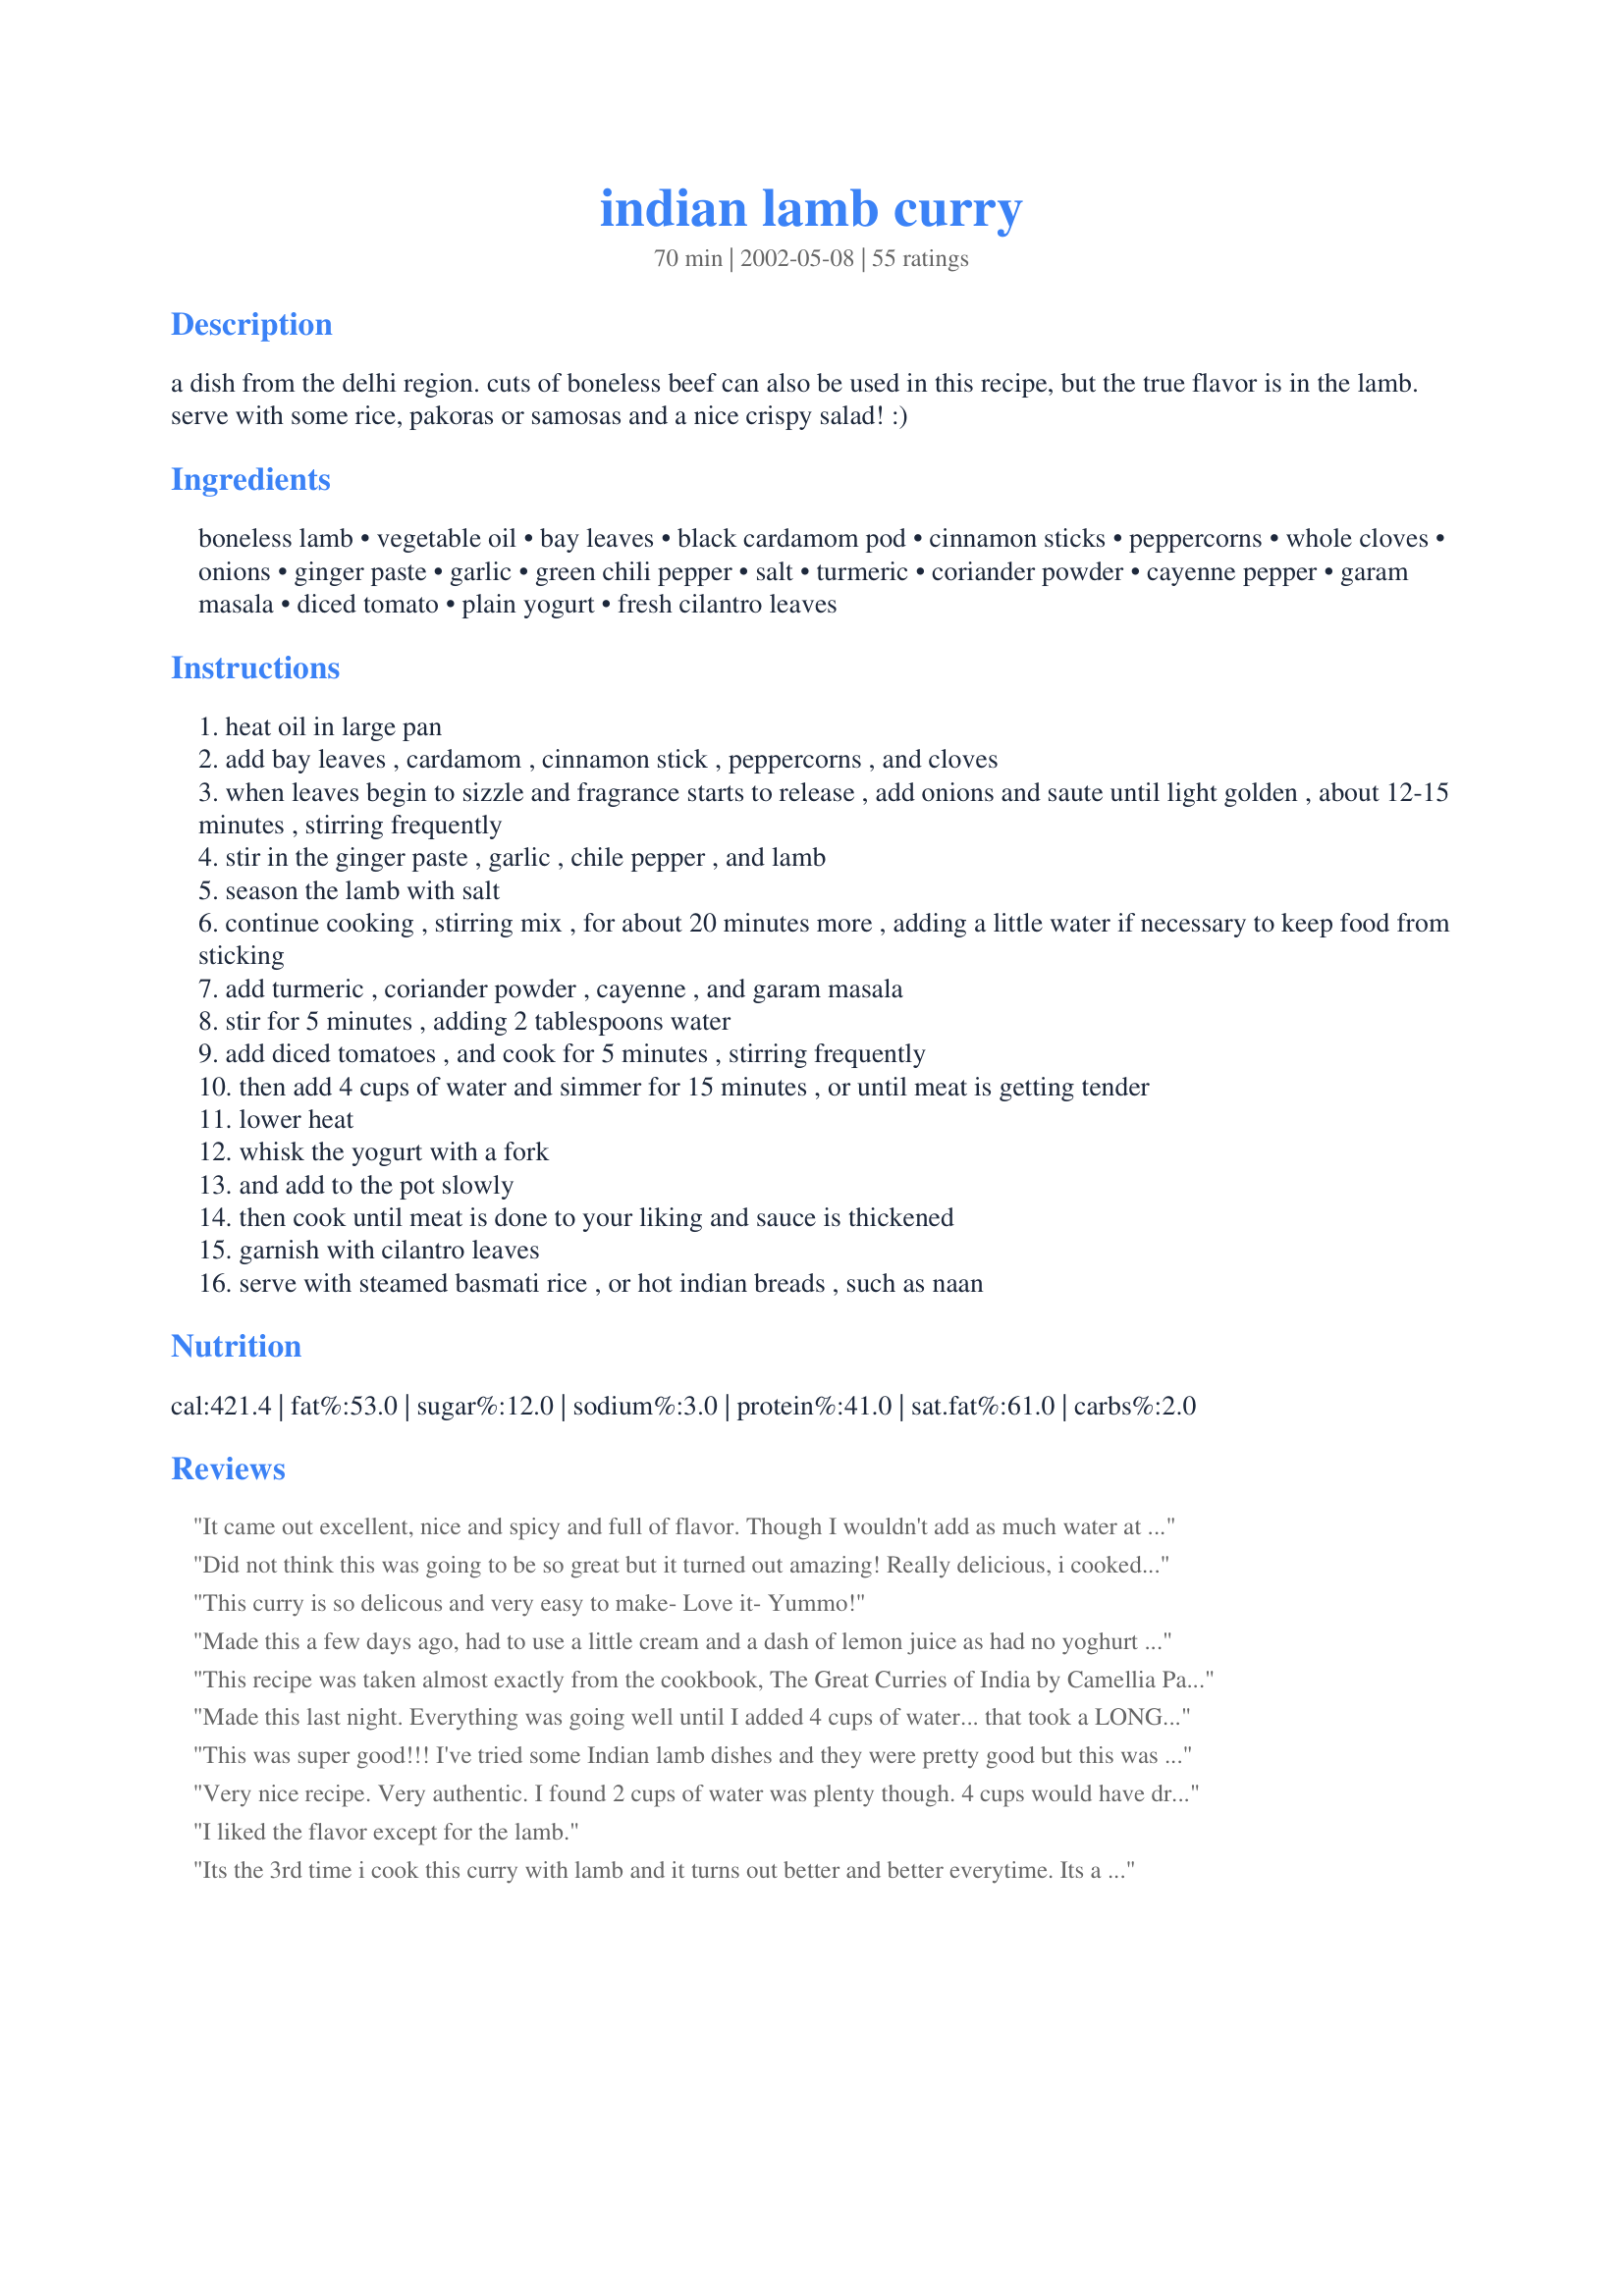
indian lamb curry
Preparation time: 70 minutes

a dish from the delhi region. cuts of boneless beef can also be used in this recipe, but the true flavor is in the lamb. serve with some rice, pakoras or samosas and a nice crispy salad! :)

Ingredients:
boneless lamb, vegetable oil, bay leaves, black cardamom pod, cinnamon sticks, peppercorns, whole cloves, onions, ginger paste, garlic, green chili pepper, salt, turmeric, coriander powder, cayenne pepper, garam masala, diced tomato, plain yogurt, fresh cilantro leaves

Steps:
heat oil in large pan
add bay leaves , cardamom , cinnamon stick , peppercorns , and cloves
when leaves begin to sizzle and fragrance starts to release , add onions and saute until light golden , about 12-15 minutes , stirring frequently
stir in the ginger paste , garlic , chile pepper , and lamb
season the lamb with salt
continue cooking , stirring mix , for about 20 minutes more , adding a little water if necessary to keep food from sticking
add turmeric , coriander powder , cayenne , and garam masala
stir for 5 minutes , adding 2 tablespoons water
add diced tomatoes , and cook for 5 minutes , stirring frequently
then add 4 cups of water and simmer for 15 minutes , or until meat is getting tender
lower heat
whisk the yogurt with a fork
and add to the pot slowly
then cook until meat is done to your liking and sauce is thickened
garnish with cilantro leaves
serve with steamed basmati rice , or hot indian breads , such as naan

Reviews:
It came out excellent, nice and spicy and full of flavor. Though I wouldn't add as much water at the end before simmering; I only used 2 cups and that was plenty. I would also recommend including a measure for curry powder in lieu of tumeric and the other ingredients curry powder includes.
Did not think this was going to be so great but it turned out amazing! Really delicious, i cooked it in the pressure cooker and used coconut cream, it was even better afterb2 days. Really authentic taste
This curry is so delicous and very easy to make- Love it- Yummo!
Made this a few days ago, had to use a little cream and a dash of lemon juice as had no yoghurt or coconut milk. Also used four cups of water which worked just fine although some reviews said it was far too much - not sure if others were covering the pan, but I didn&#039;t, I just let it simmer and reduce. Lamb had been in oil for a couple of days with some aromatics which also helped with another level of flavour. This is an excellent curry !! Will definitely make it again !
This recipe was taken almost exactly from the cookbook, The Great Curries of India by Camellia Panjabi. Page 63. The three differences: Puree tomato, chop fresh garlic, and fresh ginger. It is a great cookbook by the way!
Made this last night. Everything was going well until I added 4 cups of water... that took a LONG time to cook down, way longer than 15mins. I would suggest using less water or adding it gradually. Also, when I added the yogurt, it curdled. I'm not sure why. Not sure how this could be avoided, maybe cream instead? OR removing the meat and blending the gravy? Not sure. I did like the result and the taste of the curry was exactly what I was craving, so I think that this recipe has some potential! Thanks!
This was super good!!! I've tried some Indian lamb dishes and they were pretty good but this was awesome! Thanks so much for the recipe the only thing I did different was to add 1 1/4c water and I cooked it longer about 35 minutes. I also added 2 diced Serrano chiles and a 1/4 of a green chilie. We like it hot. Thanks again I'll be making this again.
Very nice recipe. Very authentic. I found 2 cups of water was plenty though. 4 cups would have drowned it. Even with 2 cups it took 30 minutes longer to reduce down.
I liked the flavor except for the lamb.
Its the 3rd time i cook this curry with lamb and it turns out better and better everytime. Its a winner if u wanna impress your guests. I served it last night with raitha, tabuleh, mango chutney, papadums and naanbread. everybody loved it.<br/>Only changes I have made to the recipe is to use 2 cups of water instead of 4.<br/>And I only use a half teaspoon of cayenne. as it turned out a bit to hot first couple of times.<br/>be sure to use plain natural yougurt.<br/>enjoy :)
I Used Coconut milk instead of Yogurt, Excellent
Excellent recipe. I followed the advice of prior reviewers and cut the water considerably. I actually bought a can of diced tomatoes, drained it, and used the water from that. Beyond that, he punchline is that the spice mix is the key to a good curry, and this one is outstanding. Thanks!
I made this for dinner last night and it was good but it's a lot better today. I used less water (2-2 1/2 cups), more yogurt, and blended with an immersion blender at the end (keep the blade close to bottom of pot to avoid meat chunks) to get a thicker sauce. The sauce is also good over meatballs.
This was really good, my family really enjoyed this. I have tried many tomato based Indian lamb curries, but I have never found anything I really liked. This recipe tasted like the lamb curry my old neighbors from Pakistan used to make, I am going to keep making this recipe and will stop looking for another one. I think the difference for me in this recipe compared to others, are the peppercorns (they add a really lovely flavor, that matches well with the cinnamon and the brown cardamom). I made a few small changes. I only used 2 tablespoons of oil (for dietary reasons), and I think this recipe would be good with this amount of oil or with more (you could probably get away with one tablespoon as well). I forgot to add the yogurt at the end, but I think I liked it better that way (I will try it with yogurt and with coconut milk some other times as well). The only other thing I changed was to use only one clove because I think too many cloves make food taste bitter. I simmered the lamb for one and a half hours on a low heat, (lamb needs a long cooking time to become tender). If I were to add yogurt another time I would simmer just in tomato and water until the lamb was tender and just near the end add the yogurt (and any excess water can be boiled down on high heat before adding the yogurt, so the amount of water should not be a problem). In the future I will try adding lentils and will also try adding potatoes, I think these additions would suit this curry well. Thank you so much for a great recipe that will be on my regular rotation.
The flavour was outstanding! I used veal shoulder chops (bone in) instead of lamb, and simmered it for 5 hours until the 2 cups of chicken broth (rather than 4 cups of water) reduced to a thick sauce. The veal was fall-off-the-bone tender. My friends almost fell off their chairs when they tasted it - it was that good! Be sure to use kosher salt or sea salt instead of harsh-tasting table salt. One more thing: Add 2 or 3 chili peppers instead of just 1. This recipe is totally worth the time it takes to do it right.
The taste overall is very good for this lamb curry. I added three cups of water instead of the four asked for and even after the stated cooking time above it was still entirely too runny. As I had alloted a certain portion of time I was unable to cook it down all the way - and that was with a cup less water. I would think that in order to have it ready in the time stated it would have to be 1-2 cups. I plan on trying this again because the flavour was great but I will only use two cups of water and make sure I have enough leeway time to cook it.
The best indian recipe i have used to date. I agree with the majority of comments that 4 cups of water is too much. 1 cup is the perfect amount in my opinion. I would go as far as saying, this dish turned out better than what i get at Indian restaurants.
Made this dish today, I couldn't find a black cardamom pod (I live in holland) so I used a few green ones. I think the taste is a bit too mild for me, we're having it for tea tomorrow evening, so I hope the flavours will be more infused in the meat!
Very good! I used thai & cinnamon basil in place of the cilantro because I have loads of it.
 I do think that unless you are supposed to simmer it for an hour though, 4 cups of water at the end is too much. I added 2 1/2 and simmered for about 30 minutes and found the sauce to be thin for my taste. It is very similar to the lamb curry dish that I get at a local restaurant, I'm impressed.
I made this dish last night. I had sheep meat to use instead of lamb. To cut down the cooking time I pressure cooked the meat for 15 minutes on high then followed the recipe as stated. This is the first Indian dish I have made and we found it to be absolutely fabulous. I felt like I was back in India. Wonderful dish and easy to make. Thank you for the recipe.
I've made this twice and it's sooooo good and perfect! I made it especially for my husbands birthday. Hope he likes it as much as me!
This was very good! 5 thumbs up from my guests this evening! I didn't add any water to the meal, as I used a can of roma tomatoes and a half cup of the juice. I subsituted the garam for 2 tsps curry powder, just of preference as we all love "hot". Thank you very much for sharing. P.S. I made this again tonight.. a very firm favourite in our home!!
I'm Indian, and this is exactly like the lamb curry I get at my favorite Indian restaurant! Very authentic!
this came out excellent!!! ive tried other indian recipes and they wernt that great but this one came out the best great flavor and came out perfect. i will definitely be making it again and would recomend it. the only thing i would change is instead of 4 cups of water i only would put 2 and i would add cumin next time ads alot better flavor to it. thank you
Taking a break from cocunut milk curry, this is just what I have been looking for. Very delicious! Thanks for sharing! Definitely recommended! Use only 1-2 cups of water. 4 cups just too much.
Great recipe. I used more spices than indicated and served a yogurt based dip (raita) on the side. Wonderful with naan.
Loved this curry! My first I've ever made from scratch. Made it for my husband's birthday dinner and it was an instant hit. Thanks for sharing!
So good! The only changes I made is that I didn't have quite enough lamb so I added two chopped up potatoes to stretch what I did have. I also took rosewater's suggestion and only added one cup of water instead of four. It was very flavorful, spicy and the meat was very tender. Will definitely be making again.
One of the best massala i did. Without cream.
I used fresh curcuma roots and added eggplant and courgettes formaking the sauce smoother and thicker
Very good. I used both, cayenne pepper and green chili pepper and it was a bit too spicy. Probably will go with only one of those next time. Still, very favourful.
The recipe doesn't say to strain the whole spices from the oil but I will do that next time. Chewing around the cardamon pod was the only thing that spoiled this great recipe. The Directions get a 2 out of 5. Otherwise, excellent!
I made this last Saturday and followed it pretty closely. I used only 3 Serrano peppers, as the ones I had were very large. I did add two tsp of cayenne red pepper to spice it up a bit more. I also added 2 tsp curry powder instead of 1 and added 1 tsp of Fenugreek powder (Methi), as I like that taste. I cooked the lamb slowly, simmering it for about 2 hours with all of the spices added. I used plain yogurt and not the Greek yogurt that others suggested. The sauce came out perfectly, just the right consistency and flavor. All 6 of us loved the taste and texture of this curry. I served it with Basmati Rice and Nan Bread. For an appetizer, we had lentil filled Samosa&#039;s (bought frozen from an Indian grocery and a Mint/Cucumber/Yogurt sauce, which I made up without a recipe. This curry is definitely one that I will make again and will not adjust the recipe at all.
Boiling this down to a sauce consistancy took two hours. Taste ok, but be aware of the time committment of this recipe.
I cooked this based on the good reviews, it was bland and no very good at all. If I was served this in a restaurant, I would not be happy, its a no from me!
I had never made a curry before in my life and just had an urge to try it one day... complete with lamb and it was delicious! I forgot to pick up bay leaf when I made it, but it was yummy all the same. I'm making it again this weekend for my family who's never had curry before. I did a "one pot" preparation and used my 3-qt enameled cast iron dutch oven and used 2 lbs of lamb and it all fit, no problems. I also think the cast iron helped to distribute the heat evenly so no burned-on anything. 5-star!
Absolutely delicious and a pleasure to cook. Family loved it and I took the leftovers to work. Had everyone in the office drooling at lunch. Fantastic recipe and well recommended.
Delicious. Looking back at the recipe, I had to laugh when it gave prep time as 10 minutes. For me it took quite a bit of prep, it was well worth it. Rave review all around. Even my mother who doesn't like hot food, loved it. I make this again.
Fantastic very very tasty
Great reciepe! Diffinity reduce the water to 2 cups.
This is a superb very authentic tasting curry. Thank you. I did, however, put 1 less cup of water in it as it would have been too thin a sauce for our taste. To be honest next time will only put 2 cups in as had to boil off a lot of liquid. Shall certainly be making it again but will add quartered tomatoes next time instead of diced. A wonderful meal.
Very tasty,my family loved it,easy to prepare and to cook,will certainly be making this dish a lot in the future.
I loved this! I made it as directed, except instead of ginger paste, I just minced ginger. I also cooked it quite a while longer than specified ( maybe an hour or so longer, to get to really tender lamb) and accommodate my schedule. I will definitely make this again.
Wonderful, very similiar to a mutton curry my mom made in India...The only changes I made was to add just one cup of water instead of 4.Thanks for sharing, sue!
I have made this curry many times and it is an absolute favourite, it is always so delicious and full of flavour. I dont tweak it much as it really is excellent, but i do substitute the black cardamon pods for cracked green ones and add extra garlic as i grow about 800 bulbs a year and always have lots on hand. The meat i use is Hoggert or Mutton as i have a prime lamb farm and much prefer my 'lamb' a little older as the flavour is divine. I have used both boneless and on the bone and my preference is on the bone which i remove after it has cooled. I cut all my meat for these types of dishes as double chops around 2 inches thick and it is so tender it holds well but melts in the mouth. Thank you for sharing this recipe it is an absolute cracker...5 stars or more if i could !
wonderful dish full of flavour the cinnamon is the key i think and maybe a dash of lemon ;) ,,authentic indian, restaurant quality curry
It was pretty good. I used chicken instead of lamb because my hubby doesn't like lamb. I liked the spices used except I would cut down on the cayenne. It overpowered the other spices so we couldn't taste them as well. Plus it was a bit hot for our personal enjoyment. Otherwise, it was a very nice recipe. Thank you for posting it.
I served this last week for our dinner after heading out to the mountains to get our Christmas tree! I made it a few days prior to allow the flavours to develop. It was the best lamb curry ever! And so raved the man - he even said it was the very best lamb curry he's ever had! And we grew up eating curries so!!<br/><br/>I followed the recipe pretty much except 1) I used one 14oz can chopped tomatoes 2) I used greek yogurt (as suggested by some reviews) and 3) I used about 1 1/2 C - 2 C water given the feedback here.<br/><br/>It turned out phenomenal, and on the day itself I heated it up in the oven and took the lid off for about 20 mins to let the sauce evaporate a little more. I do agree that if you put in 4C as the recipe suggests, it's a lot of liquid (like soup almost). And finally, I wouldn't use greek yogurt again, I think if you eyeball the water, normal yogurt will do. The greek yogurt did not thicken things up and I think normal yogurt would have a more impact on the flavour. Enjoy!
loved it...the recipe is a winner...also used less water. Added potatoes to my dish. Next time I will consider a little cream instead of yogurt.
This recipe was great. I made it because dad was visiting from RSA for a day. Being a vegetarian myself I did not know what to cook. I knew he loved curries so I found this recipe, followed it to the T and hoped that it would taste good. My family loved it. My brother even went for 2nds! Thank you so much for this wonderful dish.
Thanks for the recipe! It's easy to prepare and I made it for my mum on Mother's Day ... she loved it! I'm wondering if I should reduce the amount of tomatoes though, I prefer it less sour and more savoury.
The recipe was going great until it says to add four cups of water and my lamb curry turned into lamb stew. Awful. Maybe this is a typo? Did she mean four tablespoons instead of four cups? Disappointing.
Delicious. Definitely a keeper. I added a potato as well towards the end. will make it again .Thanks
Exellent flavor! I added two large green chilis, used 4 green cardamom pods instead of 1 black, and used 3 cups water. I let the curry simmer for about 45 minutes instead of 15 after adding the water. The lamb turned out very tender, and the consistency was perfect.
Turned out really well. We needed it a little hotter. Thanks.
Flavor was very good. Next time I&#039;d use less water so that the sauce would be thicker. Also, for the meat to absorb the flavor it took about three hours. Maybe a slow cooker would work well for this?
